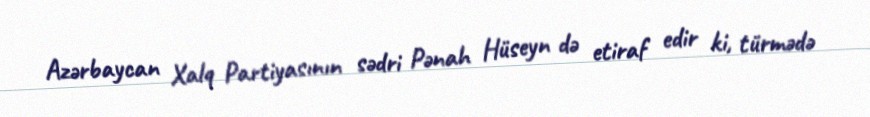
Azərbaycan Xalq Partiyasının sədri Pənah Hüseyn də etiraf edir ki, türmədə